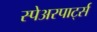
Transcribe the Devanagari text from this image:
स्पेअरपार्ट्स